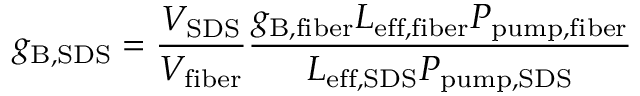
g _ { \mathrm { { B } , \mathrm { { S D S } } } } = \frac { V _ { \mathrm { { S D S } } } } { V _ { \mathrm { { f i b e r } } } } \frac { g _ { \mathrm { { B } , \mathrm { { f i b e r } } } } L _ { \mathrm { { e f f , f i b e r } } } P _ { \mathrm { { p u m p , f i b e r } } } } { L _ { \mathrm { { e f f , S D S } } } P _ { \mathrm { { p u m p , S D S } } } }